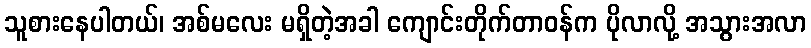
သူစားနေပါတယ်၊ အစ်မလေး မရှိတဲ့အခါ ကျောင်းတိုက်တာဝန်က ပိုလာလို့ အသွားအလာ